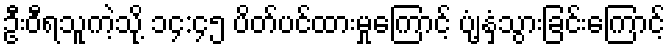
ဦးဝီရသူကဲ့သို့ ၁၄:၄၅ ပိတ်ပင်ထားမှုကြောင့် ပျံ့နှံ့သွားခြင်းကြောင့်